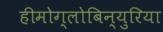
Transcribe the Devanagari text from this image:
हीमोग्लोबिन्युरिया